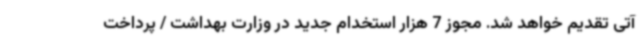
آتی تقدیم خواهد شد. مجوز 7 هزار استخدام جدید در وزارت بهداشت / پرداخت